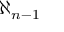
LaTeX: \aleph _ { n - 1 }